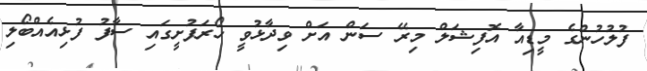
ފުލުހުންގެ މީޑިއާ އޮފިޝަލް މިރޭ ސަން އަށް ވިދާޅުވީ ހޯރަފުށީގައި ސާފު ފުޅިއެއްބޯލި